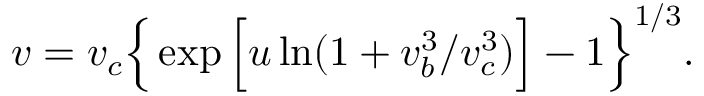
\begin{array} { r } { v = v _ { c } \Big \{ \exp \Big [ u \ln ( 1 + { v _ { b } ^ { 3 } } / { v _ { c } ^ { 3 } } ) \Big ] - 1 \Big \} ^ { 1 / 3 } . } \end{array}